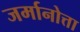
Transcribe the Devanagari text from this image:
जर्मानोत्ता